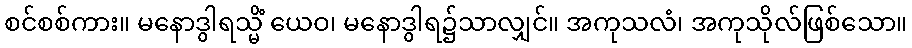
စင်စစ်ကား။ မနောဒွါရသ္မိံ ယေဝ၊ မနောဒွါရ၌သာလျှင်။ အကုသလံ၊ အကုသိုလ်ဖြစ်သော။